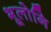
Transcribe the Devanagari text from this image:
भूलोनि